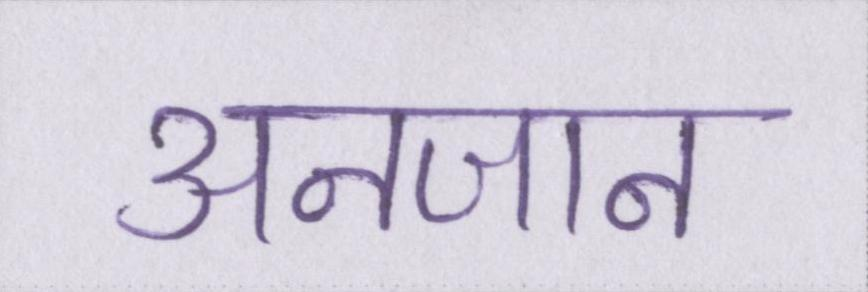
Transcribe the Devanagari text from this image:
अनजान